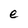
Character: e